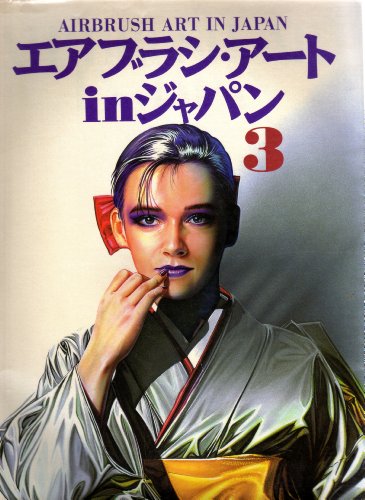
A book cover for Airbrush Art in Japan No 3; Graphic-Sha Publishing; Arts & Photography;